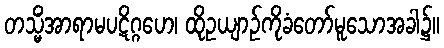
တသ္မိံအာရာမပဋိဂ္ဂဟေ၊ ထိုဥယျာဉ်ကိုခံတော်မူသောအခါ၌။